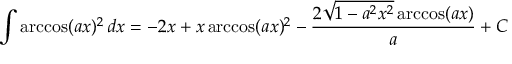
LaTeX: \int \operatorname { a r c c o s } ( a x ) ^ { 2 } \, d x = - 2 x + x \operatorname { a r c c o s } ( a x ) ^ { 2 } - { \frac { 2 { \sqrt { 1 - a ^ { 2 } x ^ { 2 } } } \operatorname { a r c c o s } ( a x ) } { a } } + C